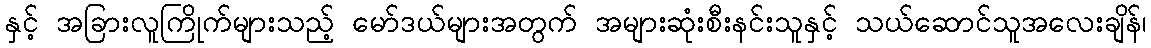
နှင့် အခြားလူကြိုက်များသည့် မော်ဒယ်များအတွက် အများဆုံးစီးနင်းသူနှင့် သယ်ဆောင်သူအလေးချိန်၊